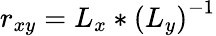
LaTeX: r_{xy}=L_{x}*\left(L_{y}\right)^{-1}